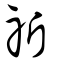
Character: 祈